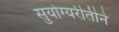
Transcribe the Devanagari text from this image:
सुयोग्यरीतीने